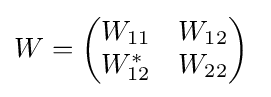
W={\begin{pmatrix}W_{11}&W_{12}\\W_{12}^{*}&W_{22}\\\end{pmatrix}}\